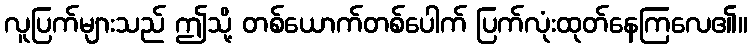
လူပြက်များသည် ဤသို့ တစ်ယောက်တစ်ပေါက် ပြက်လုံးထုတ်နေကြလေ၏။